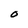
Character: O